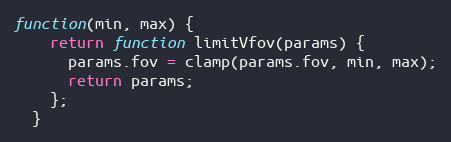
Language: JavaScript
function(min, max) {
    return function limitVfov(params) {
      params.fov = clamp(params.fov, min, max);
      return params;
    };
  }